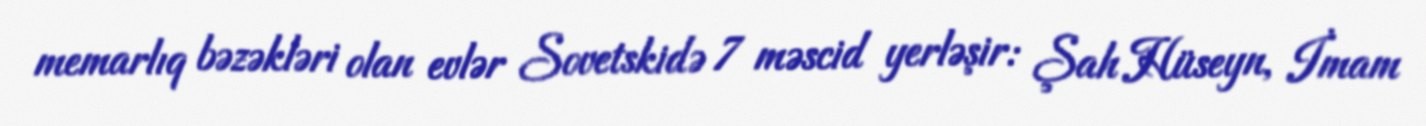
memarlıq bəzəkləri olan evlər Sovetskidə 7 məscid yerləşir: Şah Hüseyn, İmam